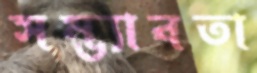
সম্ভ্যাবতা